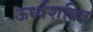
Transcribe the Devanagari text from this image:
ऊर्ध्वशक्ति